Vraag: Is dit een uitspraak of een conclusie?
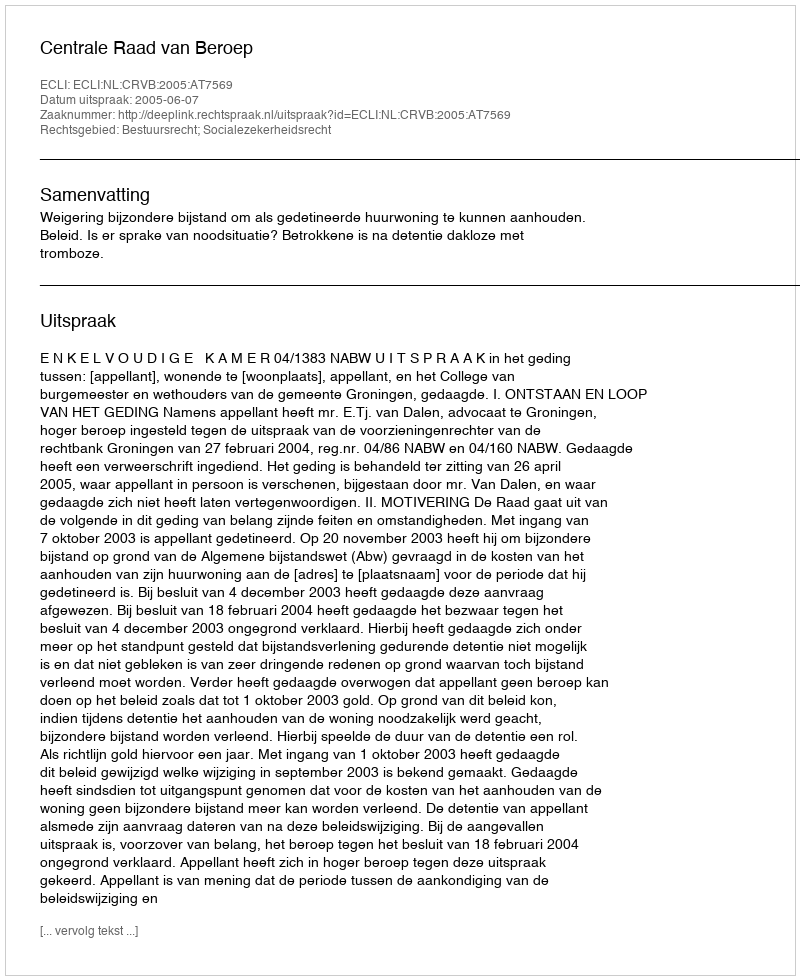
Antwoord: Uitspraak